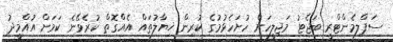
ސަޕްލިމެންޓްރީ ބަޖެޓު މަޖިލީހަށް ހުށަހެޅުމުގެ ކުރިން ޚިޔާލުތައް އެއްގޮތް ކުރެވޭނެ ކަމަށް އުއްމީދު